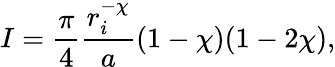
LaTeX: I=\frac{\pi}{4}\frac{r_{i}^{-\chi}}{a}(1-\chi)(1-2\chi),